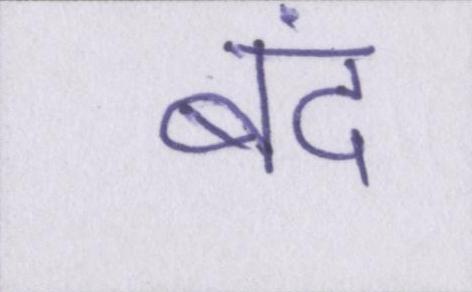
बंद